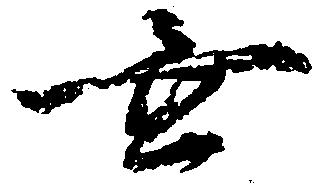
無